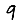
Digit: 9